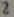
Text: 2